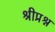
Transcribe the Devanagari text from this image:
श्रीप्रश्न